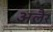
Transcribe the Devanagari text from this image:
अलैर